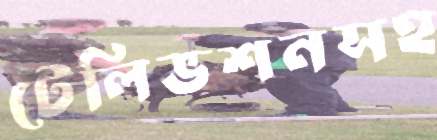
টেলিভশনসহ